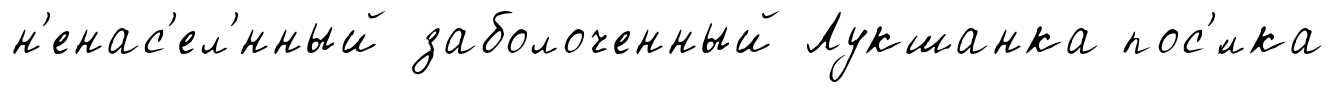
н'енас'ел'́нный заболоченный Лукшанка пос'́лка